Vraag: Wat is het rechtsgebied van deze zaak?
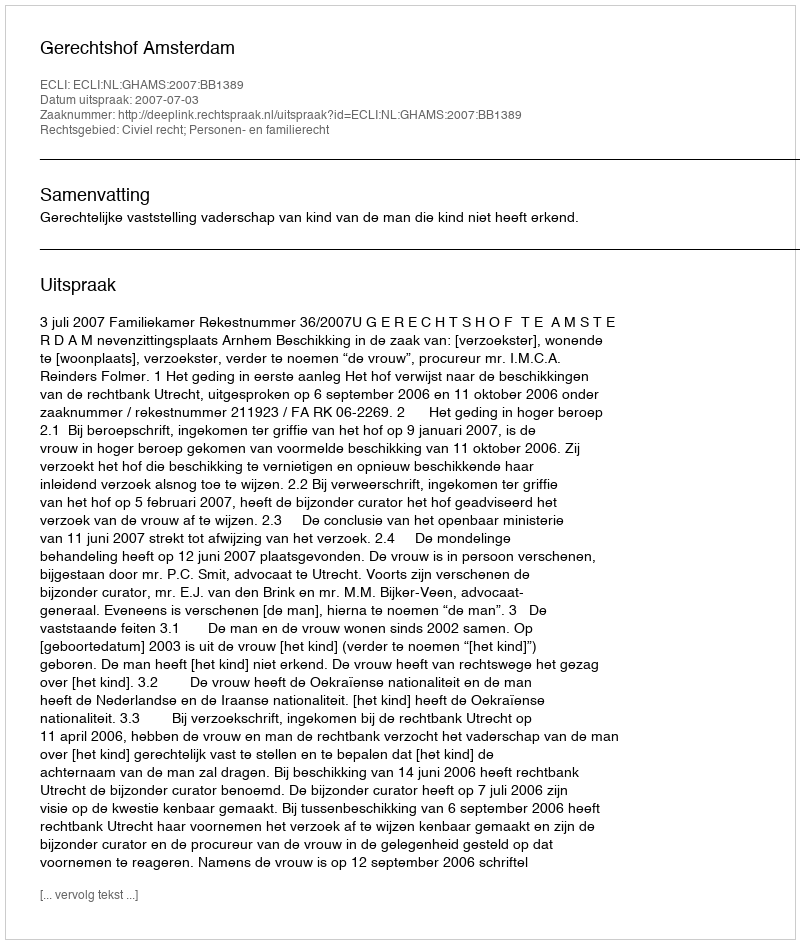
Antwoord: Civiel recht; Personen- en familierecht